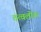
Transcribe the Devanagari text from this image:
तत्वलोक